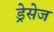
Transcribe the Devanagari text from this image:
ड्रेसेज